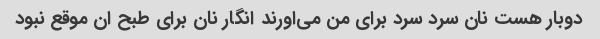
دوبار هست نان سرد سرد برای من می‌اورند انگار نان برای طبح ان موقع نبود